Indian journal of veterinary science and animal husbandry - Volume 5,
Year: 1935
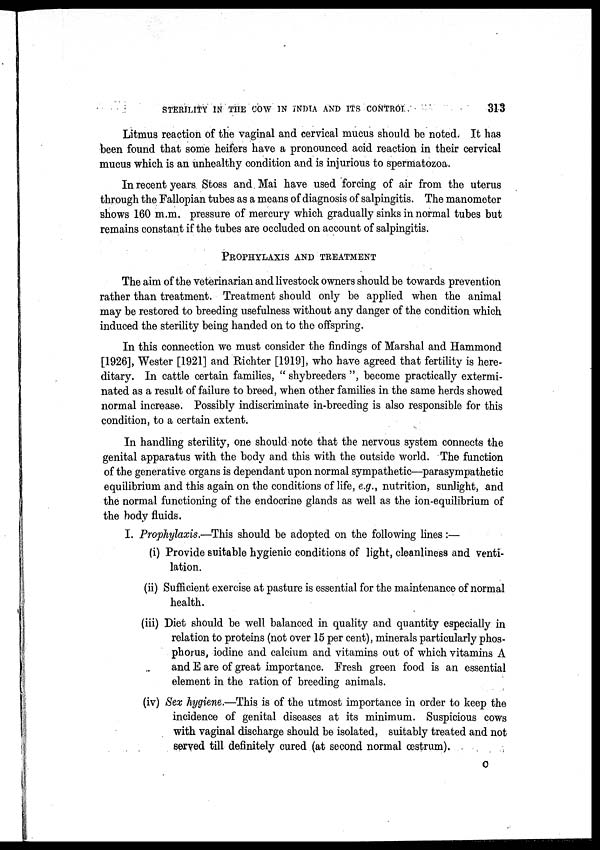
STERILITY IN THE COW IN INDIA AND ITS CONTROL
313
Litmus reaction of the vaginal and cervical mucus should be noted. It has
been found that some heifers have a pronounced acid reaction in their cervical
mucus which is an unhealthy condition and is injurious to spermatozoa.
In recent years Stoss and Mai have used forcing of air from the uterus
through the Fallopian tubes as a means of diagnosis of salpingitis. The manometer
shows 160 m.m. pressure of mercury which gradually sinks in normal tubes but
remains constant if the tubes are occluded on account of salpingitis.
PROPHYLAXIS AND TREATMENT
The aim of the veterinarian and livestock owners should be towards prevention
rather than treatment. Treatment should only be applied when the animal
may be restored to breeding usefulness without any danger of the condition which
induced the sterility being handed on to the offspring.
In this connection we must consider the findings of Marshal and Hammond
[1926], Wester [1921] and Richter [1919], who have agreed that fertility is here-
ditary. In cattle certain families, " shybreeders ", become practically extermi-
nated as a result of failure to breed, when other families in the same herds showed
normal increase. Possibly indiscriminate in-breeding is also responsible for this
condition, to a certain extent.
In handling sterility, one should note that the nervous system connects the
genital apparatus with the body and this with the outside world. The function
of the generative organs is dependant upon normal sympathetic—parasympathetic
equilibrium and this again on the conditions of life, e.g., nutrition, sunlight, and
the normal functioning of the endocrine glands as well as the ion-equilibrium of
the body fluids.
I. Prophylaxis.—This should be adopted on the following lines:—
(i) Provide suitable hygienic conditions of light, cleanliness and venti-
lation.
(ii) Sufficient exercise at pasture is essential for the maintenance of normal
health.
(iii) Diet should be well balanced in quality and quantity especially in
relation to proteins (not over 15 per cent), minerals particularly phos-
phorus, iodine and calcium and vitamins out of which vitamins A
and E are of great importance. Fresh green food is an essential
element in the ration of breeding animals.
(iv) Sex hygiene.—This is of the utmost importance in order to keep the
incidence of genital diseases at its minimum. Suspicious cows
with vaginal discharge should be isolated, suitably treated and not
served till definitely cured (at second normal œstrum).
C